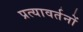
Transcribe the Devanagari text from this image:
प्रत्यावर्तनों